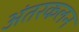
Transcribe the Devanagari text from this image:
अंतरकलन